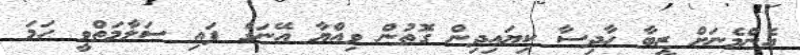
އެންމެނަށް ޒީބާ ހާދިސާ ކިޔައިދިން ގޮތުން ވިއްޔާ އޭނަގެ ފައި ސަލާމަތްވީ ހަމަ